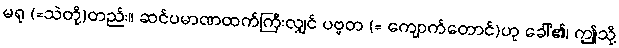
မရု (=သဲတို့)တည်း။ ဆင်ပမာဏထက်ကြီးလျှင် ပဗ္ဗတ (= ကျောက်တောင်)ဟု ခေါ်၏၊ ဤသို့